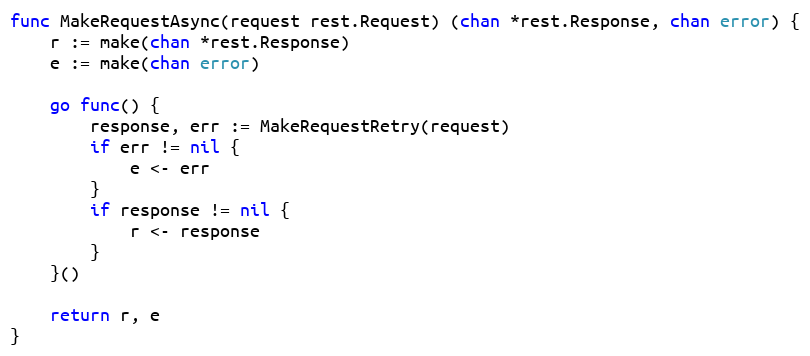
Language: Go
func MakeRequestAsync(request rest.Request) (chan *rest.Response, chan error) {
	r := make(chan *rest.Response)
	e := make(chan error)

	go func() {
		response, err := MakeRequestRetry(request)
		if err != nil {
			e <- err
		}
		if response != nil {
			r <- response
		}
	}()

	return r, e
}